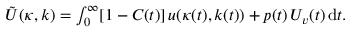
\begin{array} { r } { \tilde { U } ( \kappa , k ) = \int _ { 0 } ^ { \infty } [ 1 - C ( t ) ] \, u ( \kappa ( t ) , k ( t ) ) + p ( t ) \, U _ { v } ( t ) \, \mathrm { d } t . } \end{array}